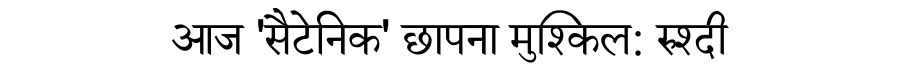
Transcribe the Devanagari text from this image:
आज 'सैटेनिक' छापना मुश्किल: रुश्दी